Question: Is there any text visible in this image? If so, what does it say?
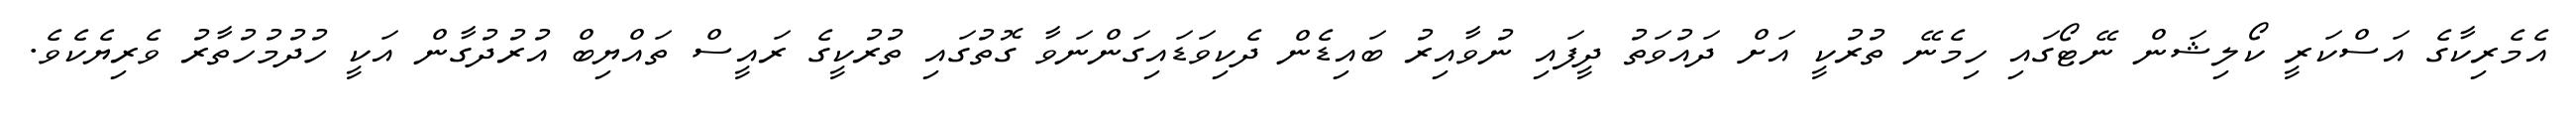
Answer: އެމެރިކާގެ އަސްކަރީ ކޯލިޝަން ނޭޓޯގައި ހިމެނޭ ތުރުކީ އަށް ދައުވަތު ދީފައި ނުވާއިރު ބައިޑެން ދެކިވަޑައިގަންނަވާ ގޮތުގައި ތުރުކީގެ ރައީސް ތައްޔިބް އުރުދުގާން އަކީ ހުދުމުހުތާރު ވެރިޔެކެވެ.